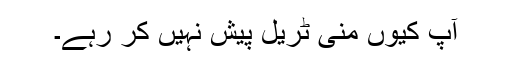
آپ کیوں منی ٹریل پیش نہیں کر رہے۔